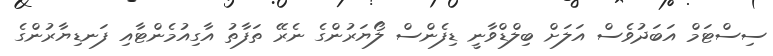
ސިސްޓަމް އަބަދުވެސް އަލަށް ބިލްޑްވާނީ ޑިފެންސް ލޯޔަރުންގެ ނެރޭ ތަފާތު އާގިއުމެންޓާއި ފަނޑިޔާރުންގެ